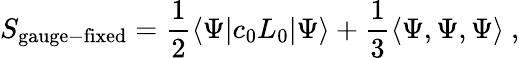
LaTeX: S_{\mathrm{gauge-fixed}}={\frac{1}{2}}\langle\Psi|c_{0}L_{0}|\Psi\rangle+{\frac{1}{3}}\langle\Psi,\Psi,\Psi\rangle\ ,